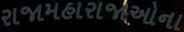
રાજામહારાજાઓના